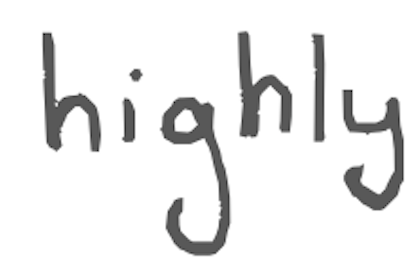
Text: highly
Cross-out: clean
Writing tool: digital_gray